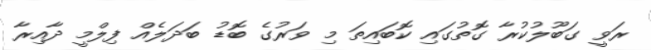
ރަވީ ގަބޫލުކުރާ ގޮތުގައި ކޮބައިތަ މި ވަރުގެ ބޮޑު ބަދަލެއް ފިލްމީ ދާއިރާ